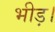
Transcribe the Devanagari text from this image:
भीड़।